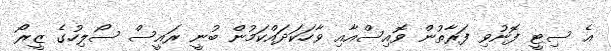
އެ ސިޓީ ފޮނުވި ފަރާތުން ވޮއިސްއާއި ވާހަކަދައްކަމުން ބުނީ ރައީސް ސޯލިހުގެ ޒީރޯ